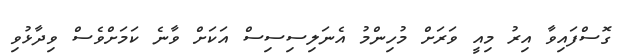
ގޮސްފައިވާ އިރު މިއީ ވަރަށް މުހިންމު އެނަލިސިސިސް އަކަށް ވާނެ ކަމަށްވެސް ވިދާޅުވި